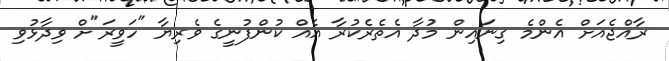
ރާއްޖެއަށް އެންމެ ގިނައިން މުދާ އެތެރެކުރާ އެއް ކުންފުނީގެ ވެރިޔާ "ހަވީރަ"ށް ވިދާޅުވި